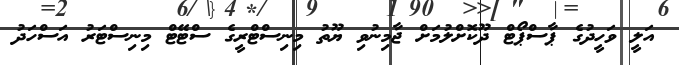
އަލީ ވަހީދުގެ ޕާސްޕޯޓް ދޫކޮށްލުމަށް ޖާމިނުވި ޔޫތު މިނިސްޓްރީގެ ސްޓޭޓް މިނިސްޓަރު އަސްހަދު